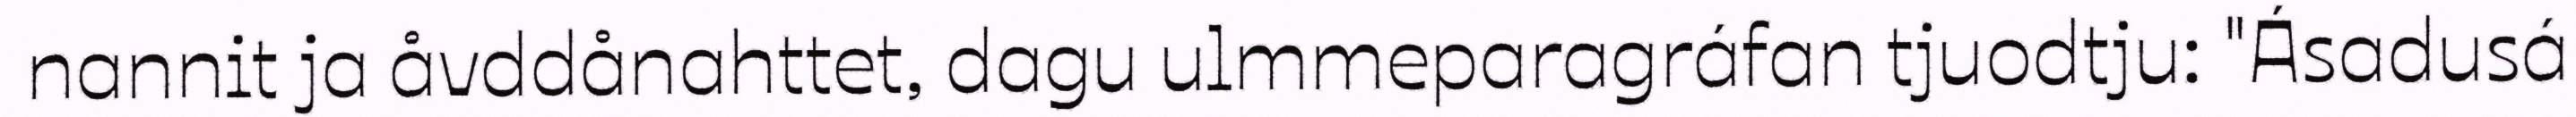
nannit ja åvddånahttet, dagu ulmmeparagráfan tjuodtju: "Ásadusá